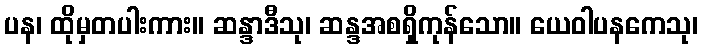
ပန၊ ထိုမှတပါးကား။ ဆန္ဒာဒီသု၊ ဆန္ဒအစရှိကုန်သော။ ယေဝါပနကေသု၊